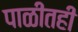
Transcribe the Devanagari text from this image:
पाळीतही